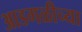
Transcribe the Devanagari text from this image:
आडगळीच्या